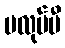
မလုပ်မီ